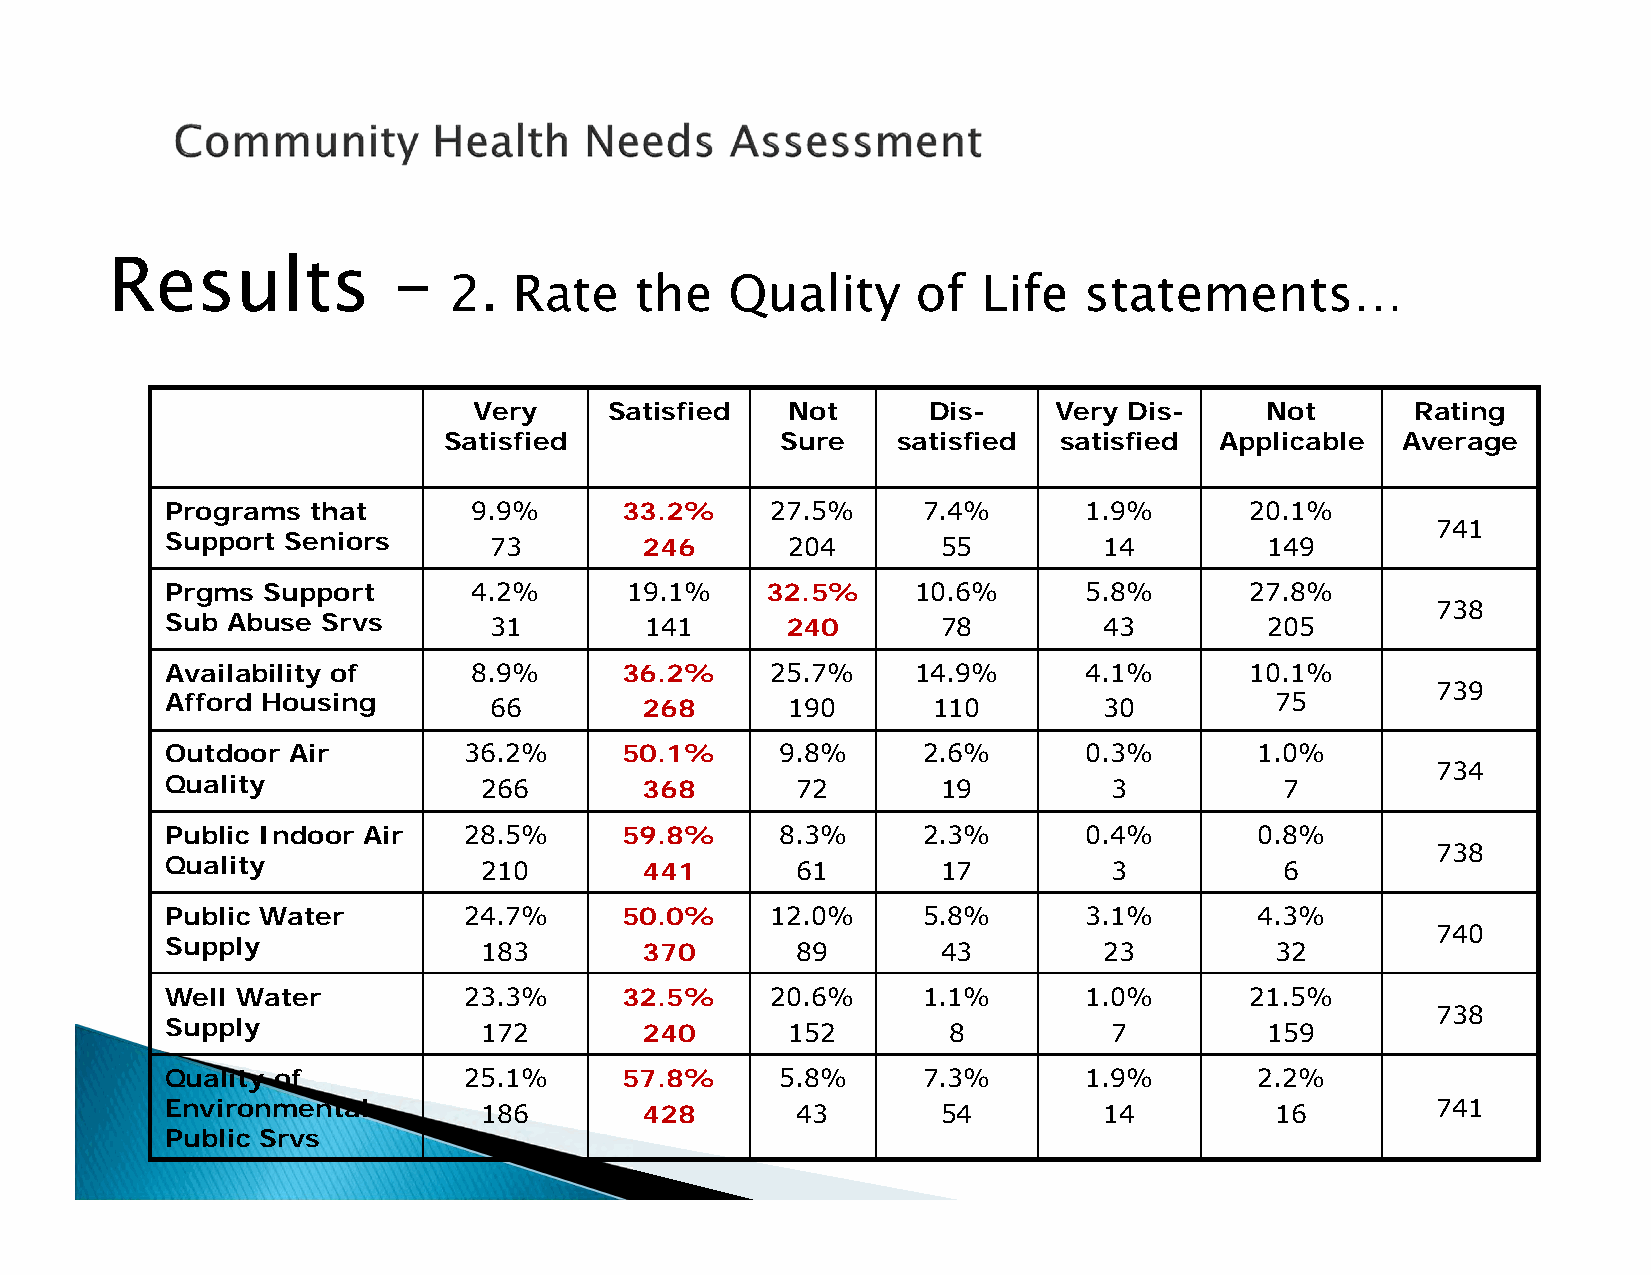
Results            –
 2.  Rate    the   Quality      of  Life   statements…
 Very     Satisfied   Not      Dis-     Very Dis-     Not       Rating
 Satisfied              Sure   satisfied  satisfied  Applicable  Average
 Programs that       9.9%      33.2%     27.5%     7.4%       1.9%       20.1%
 741
 Support Seniors      73         246      204       55         14         149
 Prgms Support       4.2%      19.1%     32.5%     10.6%      5.8%       27.8%
 738
 Sub Abuse Srvs       31         141      240       78         43         205
 Availability of     8.9%      36.2%     25.7%     14.9%      4.1%       10.1%
 739
 Afford Housing       66         268      190       110        30         75
 Outdoor Air         36.2%     50.1%      9.8%     2.6%       0.3%       1.0%
 734
 Quality              266        368       72       19          3          7
 Public Indoor Air   28.5%     59.8%      8.3%     2.3%       0.4%       0.8%
 738
 Quality              210        441       61       17          3          6
 Public Water        24.7%     50.0%     12.0%     5.8%       3.1%       4.3%
 740
 Supply               183        370       89       43         23         32
 Well Water          23.3%     32.5%     20.6%     1.1%       1.0%       21.5%
 738
 Supply               172        240      152        8          7         159
 Quality of          25.1%     57.8%      5.8%     7.3%       1.9%       2.2%
 Environmental        186        428       43       54         14         16         741
 Public Srvs